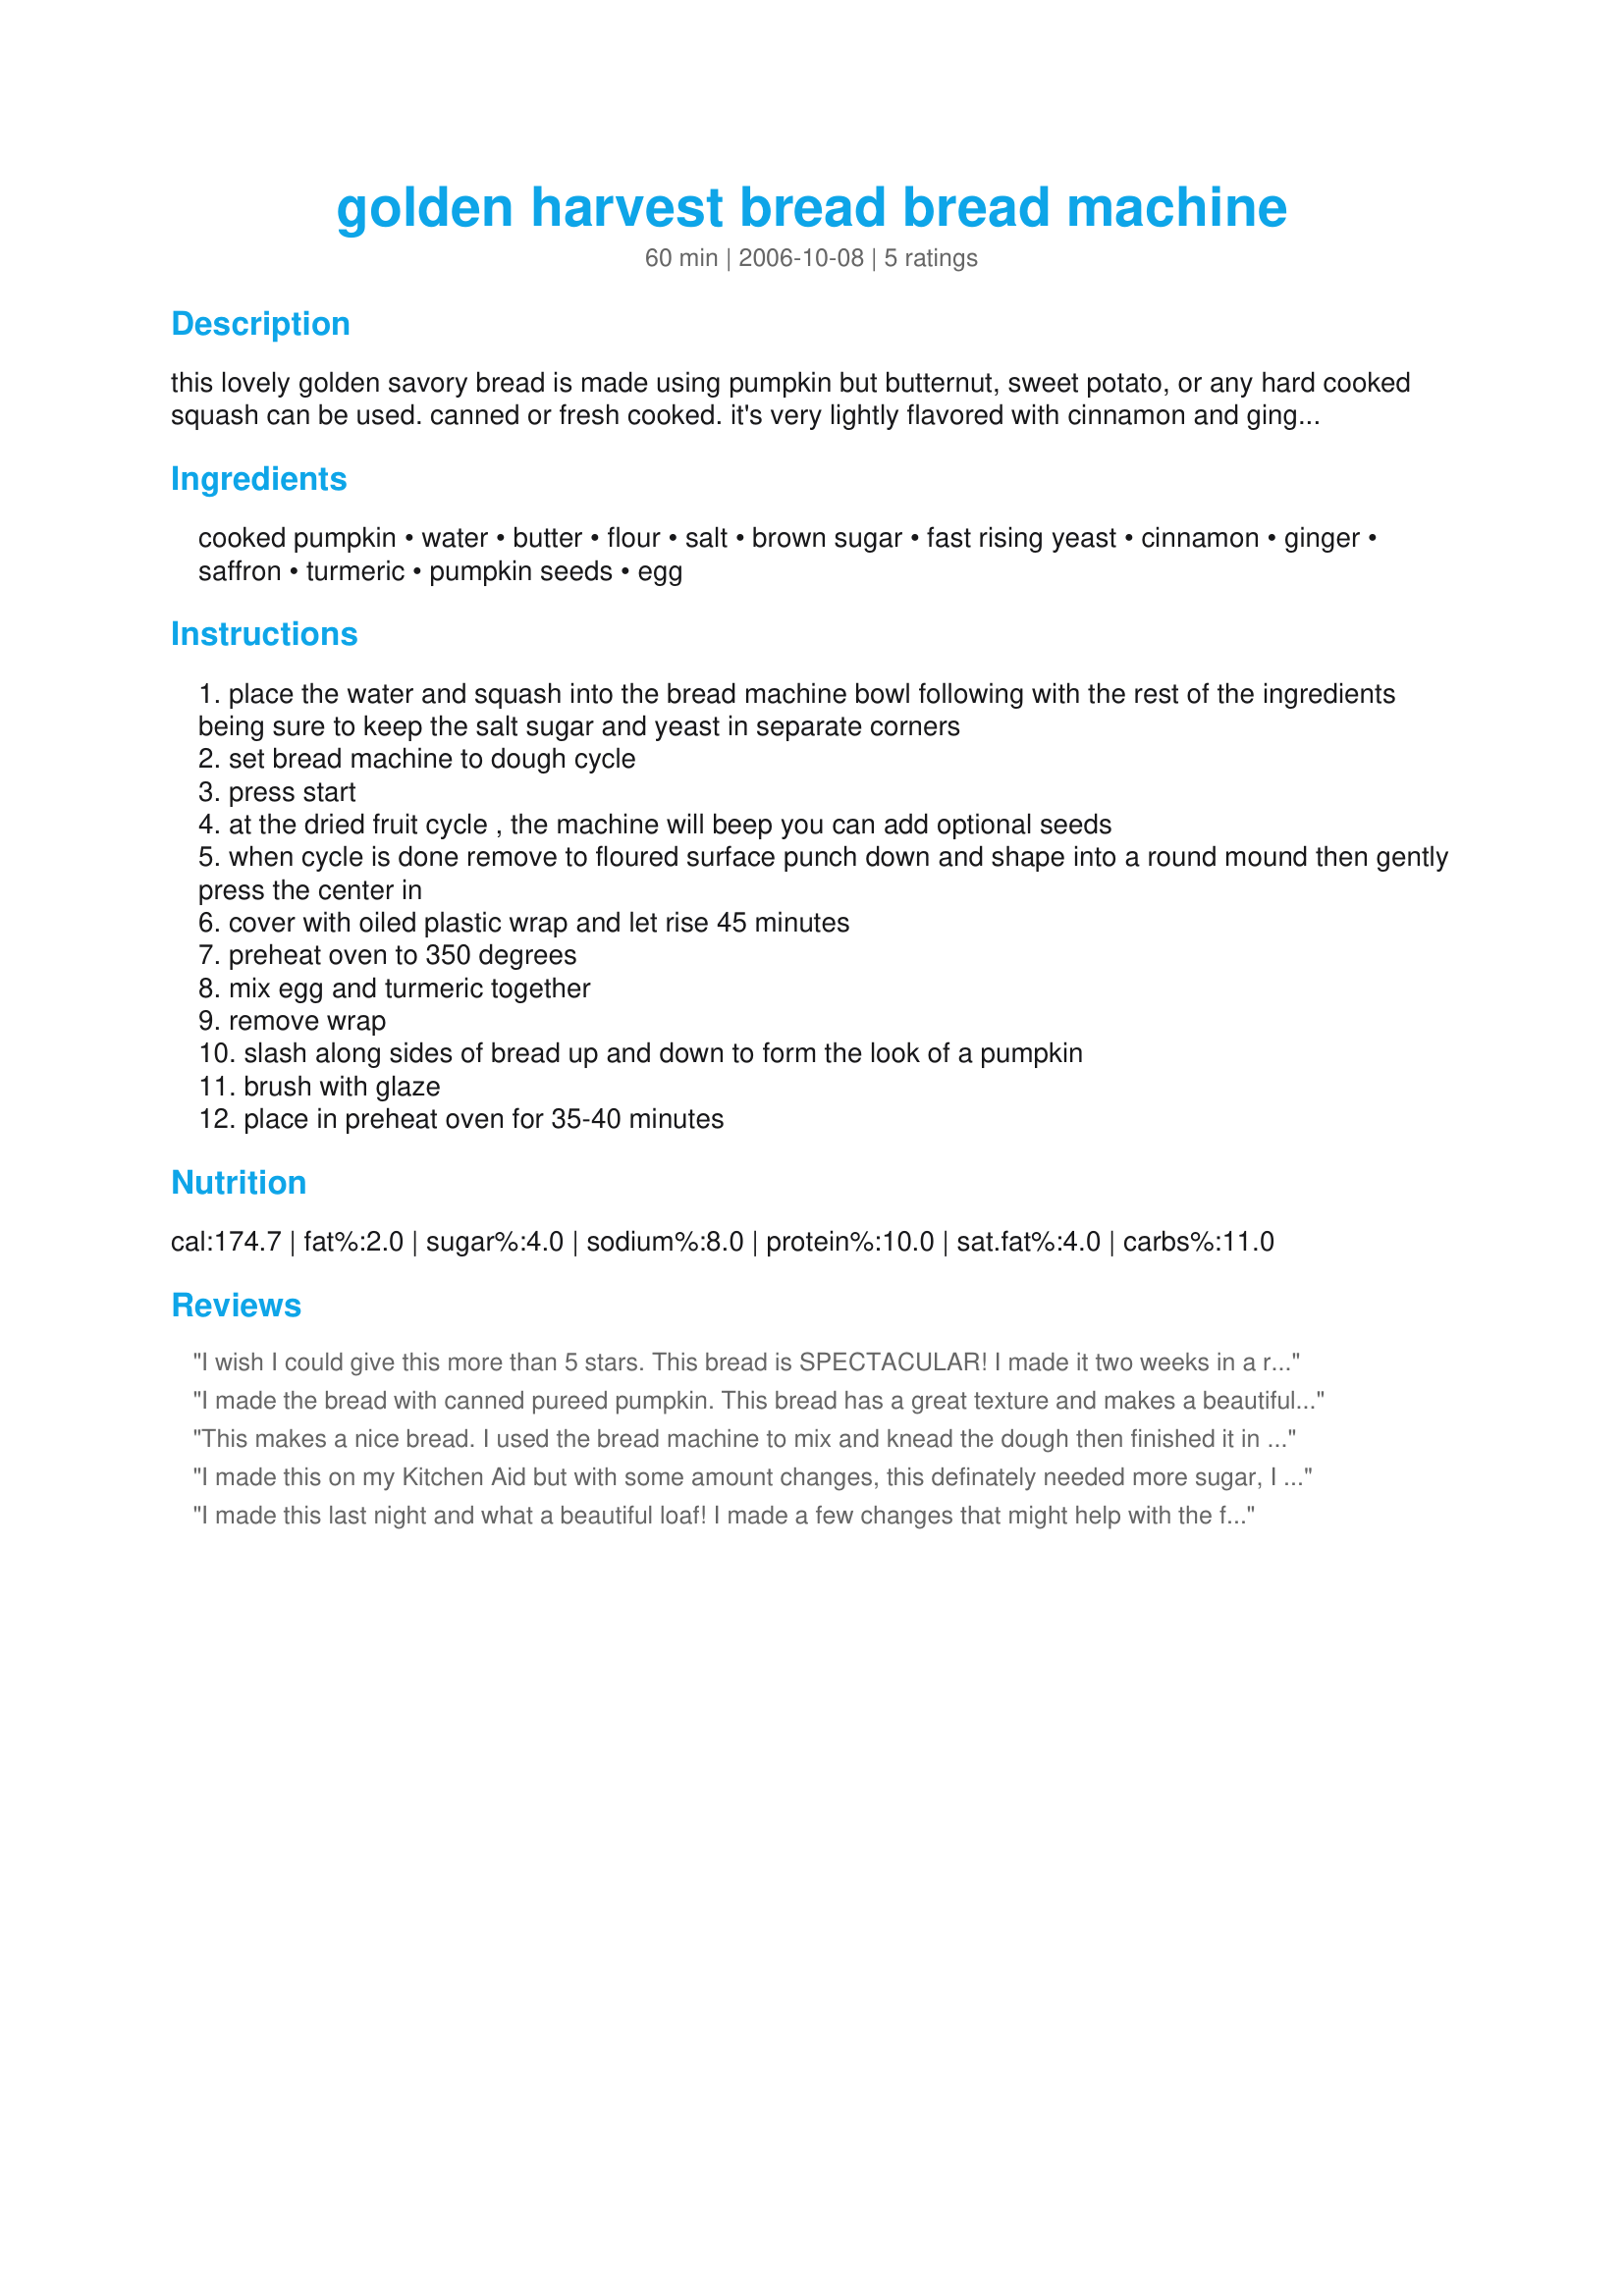
golden harvest bread bread machine
Preparation time: 60 minutes

this lovely golden savory bread is made using pumpkin but butternut, sweet potato, or any hard cooked squash can be used. canned or fresh cooked.
it's very lightly flavored with cinnamon and ginger. receiving it's beautiful golden color from the squash, the saffron and turmeric. you can use saffron and or turmeric.

Ingredients:
cooked pumpkin, water, butter, flour, salt, brown sugar, fast rising yeast, cinnamon, ginger, saffron, turmeric, pumpkin seeds, egg

Steps:
place the water and squash into the bread machine bowl following with the rest of the ingredients being sure to keep the salt sugar and yeast in separate corners
set bread machine to dough cycle
press start
at the dried fruit cycle , the machine will beep you can add optional seeds
when cycle is done remove to floured surface punch down and shape into a round mound then gently press the center in
cover with oiled plastic wrap and let rise 45 minutes
preheat oven to 350 degrees
mix egg and turmeric together
remove wrap
slash along sides of bread up and down to form the look of a pumpkin
brush with glaze
place in preheat oven for 35-40 minutes

Reviews:
I wish I could give this more than 5 stars. This bread is SPECTACULAR! I made it two weeks in a row, and both times is was scarfed up. The 1st time, I made it for a dinner of 6 people, and had not one crumb left -- people were fighting over who got the last of it! :) Even folks who don't usually like pumpkin loved it. I had to do without the saffron, but otherwise made as directed. Thank you SO MUCH for sharing!
I made the bread with canned pureed pumpkin. This bread has a great texture and makes a beautiful loaf but taste wise it either needed more spices or more sugar. I made it totally in the bread machine, and did not glaze it but I'm sure that wouldn't have helped the bread flavor. <br/>Made for Veg 'N Swap tag.
This makes a nice bread. I used the bread machine to mix and knead the dough then finished it in the oven. 1 cup of flour was switched to whole wheat and I upped the cinnamon to 1 tsp and used 1/2 a tsp of ginger and turmeric in the amount ask for yet there is still something missing in the flavor. I didn't glaze it but I doubt that would impact the flavor. I don't think it needed any more sugar, this was sweet enough for my taste. If I make it again I'll add some vanilla and more cinnamon and ginger or perhaps cumin. The recipe works quite well and bakes up nicely.
I made this on my Kitchen Aid but with some amount changes, this definately needed more sugar, I used 1-1/2 tablespoons dry yeast and increased the water by 1/2 cup, I also increased the salt by 1/2 teaspoon. I like the combination of spices in this bread, thanks Rita!...Kitten:)
I made this last night and what a beautiful loaf! I made a few changes that might help with the flavor issue that people are talking about. I used molasses instead of brown sugar. I happened to not have saffron or turmeric so I used a curry spice blend...awesome! I did happen to add too much cinnamon but that was my mistake (stupidly poured it over the container) but it didn't hurt the flavor. I just won't make that mistake next time.<br/><br/>I didn't do the wash, but instead added 2 tbs pumpkin seeds before the first rise. It embedded the pumpkin seeds into the crust and AWESOME!<br/><br/>Will definitely make this again.
